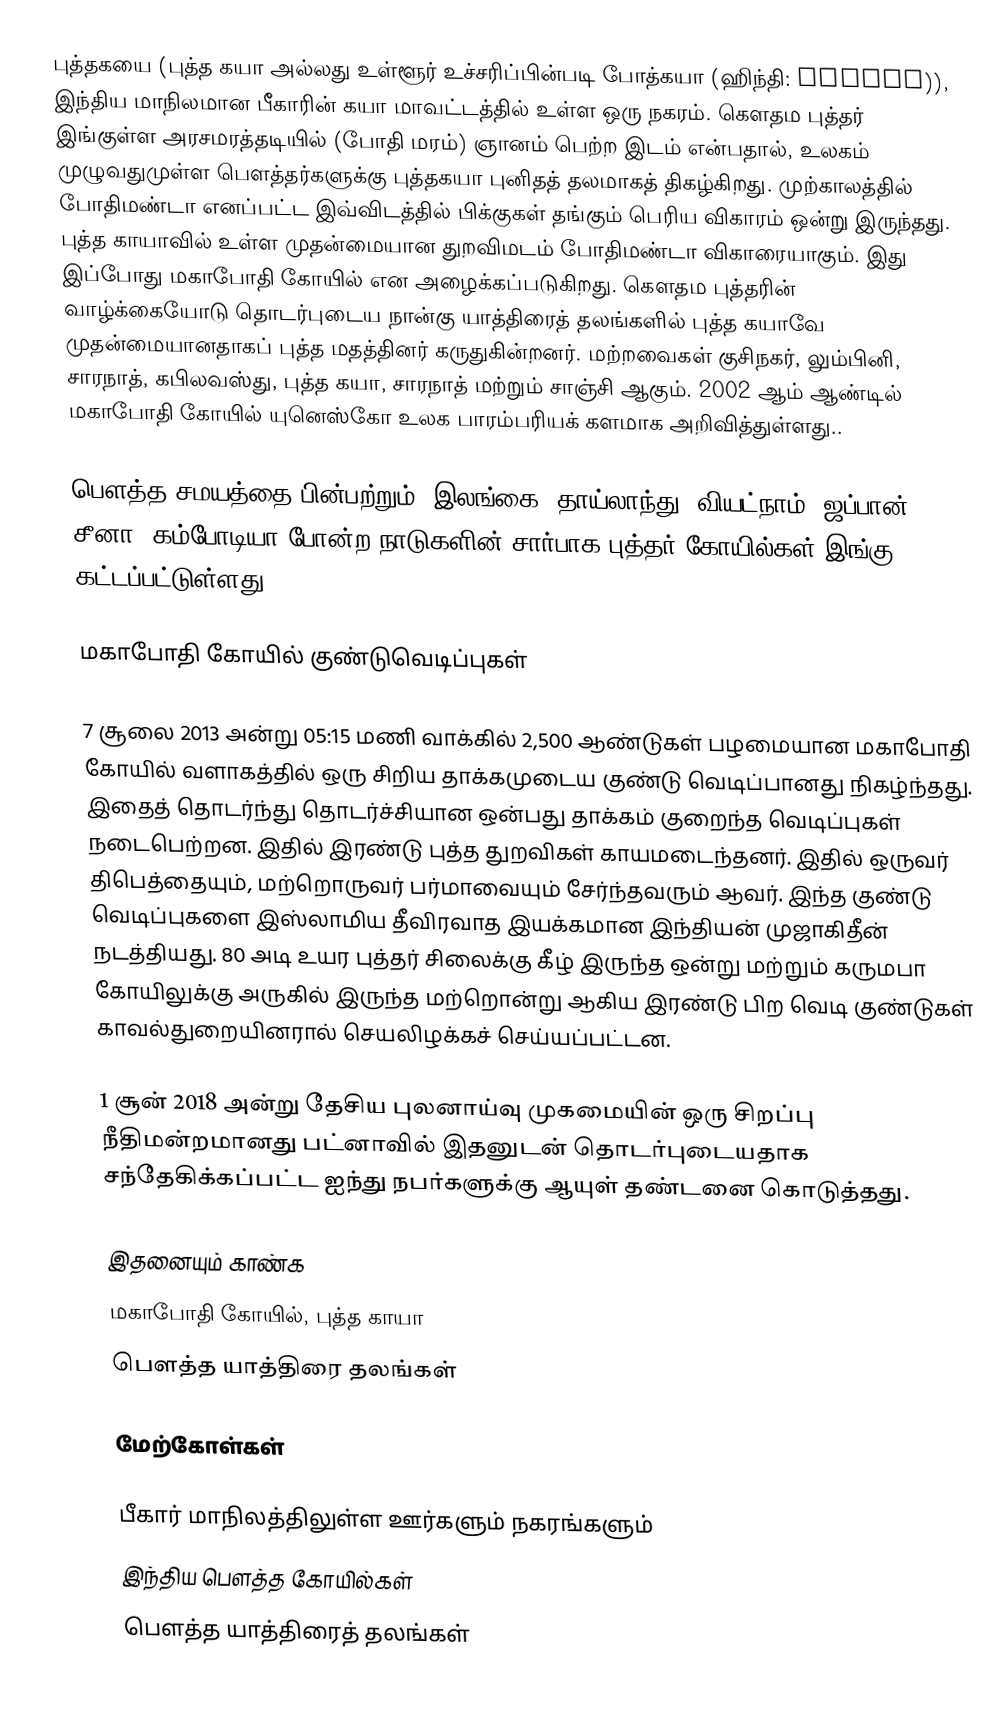
புத்தகயை (புத்த கயா அல்லது உள்ளூர் உச்சரிப்பின்படி போத்கயா (ஹிந்தி: बोधगया)), இந்திய மாநிலமான பீகாரின் கயா மாவட்டத்தில் உள்ள ஒரு நகரம். கௌதம புத்தர் இங்குள்ள அரசமரத்தடியில் (போதி மரம்) ஞானம் பெற்ற இடம் என்பதால், உலகம் முழுவதுமுள்ள பெளத்தர்களுக்கு புத்தகயா புனிதத் தலமாகத் திகழ்கிறது. முற்காலத்தில் போதிமண்டா எனப்பட்ட இவ்விடத்தில் பிக்குகள் தங்கும் பெரிய விகாரம் ஒன்று இருந்தது. புத்த காயாவில் உள்ள முதன்மையான துறவிமடம் போதிமண்டா விகாரையாகும். இது இப்போது மகாபோதி கோயில் என அழைக்கப்படுகிறது. கௌதம புத்தரின் வாழ்க்கையோடு தொடர்புடைய நான்கு யாத்திரைத் தலங்களில் புத்த கயாவே முதன்மையானதாகப் புத்த மதத்தினர் கருதுகின்றனர். மற்றவைகள் குசிநகர், லும்பினி, சாரநாத், கபிலவஸ்து, புத்த கயா, சாரநாத் மற்றும் சாஞ்சி ஆகும். 2002 ஆம் ஆண்டில் மகாபோதி கோயில் யுனெஸ்கோ உலக பாரம்பரியக் களமாக அறிவித்துள்ளது..

பெளத்த சமயத்தை பின்பற்றும், இலங்கை, தாய்லாந்து, வியட்நாம், ஜப்பான், சீனா, கம்போடியா போன்ற நாடுகளின் சார்பாக புத்தர் கோயில்கள் இங்கு கட்டப்பட்டுள்ளது.

மகாபோதி கோயில் குண்டுவெடிப்புகள்

7 சூலை 2013 அன்று 05:15 மணி வாக்கில் 2,500 ஆண்டுகள் பழமையான மகாபோதி கோயில் வளாகத்தில் ஒரு சிறிய தாக்கமுடைய குண்டு வெடிப்பானது நிகழ்ந்தது. இதைத் தொடர்ந்து தொடர்ச்சியான ஒன்பது தாக்கம் குறைந்த வெடிப்புகள் நடைபெற்றன. இதில் இரண்டு புத்த துறவிகள் காயமடைந்தனர். இதில் ஒருவர் திபெத்தையும், மற்றொருவர் பர்மாவையும் சேர்ந்தவரும் ஆவர். இந்த குண்டு வெடிப்புகளை இஸ்லாமிய தீவிரவாத இயக்கமான இந்தியன் முஜாகிதீன் நடத்தியது. 80 அடி உயர புத்தர் சிலைக்கு கீழ் இருந்த ஒன்று மற்றும் கருமபா கோயிலுக்கு அருகில் இருந்த மற்றொன்று ஆகிய இரண்டு பிற வெடி குண்டுகள் காவல்துறையினரால் செயலிழக்கச் செய்யப்பட்டன.

1 சூன் 2018 அன்று தேசிய புலனாய்வு முகமையின் ஒரு சிறப்பு நீதிமன்றமானது பட்னாவில் இதனுடன் தொடர்புடையதாக சந்தேகிக்கப்பட்ட ஐந்து நபர்களுக்கு ஆயுள் தண்டனை கொடுத்தது.

இதனையும் காண்க
 மகாபோதி கோயில், புத்த காயா
 பௌத்த யாத்திரை தலங்கள்

மேற்கோள்கள்

பீகார் மாநிலத்திலுள்ள ஊர்களும் நகரங்களும்
இந்திய பௌத்த கோயில்கள்
பௌத்த யாத்திரைத் தலங்கள்